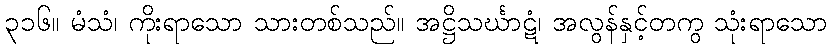
၃၁၆။ မံသံ၊ ကိုးရာသော သားတစ်သည်။ အဋ္ဌိသင်္ဃာဋံ၊ အလွန်နှင့်တကွ သုံးရာသော